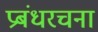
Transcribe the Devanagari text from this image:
प्रबंधरचना